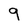
Character: 9